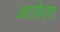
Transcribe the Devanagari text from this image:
अालेला